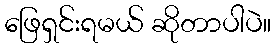
ဖြေရှင်းရမယ် ဆိုတာပါပဲ။